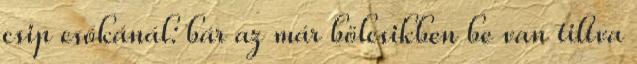
csip csókánál: bár az már bölcsikben be van tiltva